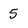
Character: 5